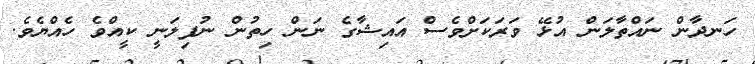
ހަނދާން ނައްތާލަން އުޅޭ ވަރަކަށްވެސް އައިޝާގެ ނަން ހިތުން ނުފިލަނީ ކީއްވެ ހެއްޔެވެ.